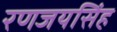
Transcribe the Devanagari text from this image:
रणजयसिंह